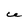
Character: U